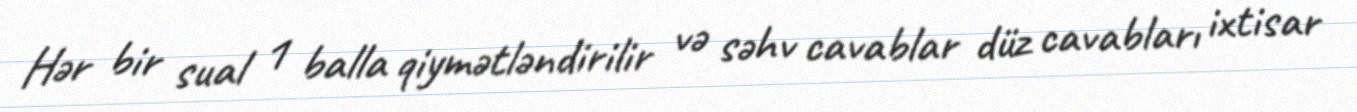
Hər bir sual 1 balla qiymətləndirilir və səhv cavablar düz cavabları ixtisar